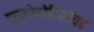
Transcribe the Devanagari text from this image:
ग्लुकोकौर्टिकॉयड